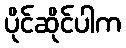
ပိုင်ဆိုင်ပါက